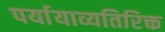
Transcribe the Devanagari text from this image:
पर्यायाव्यतिरिक्त